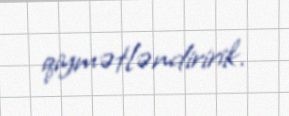
qiymətləndiririk.